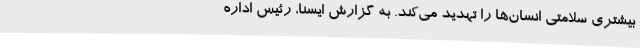
بیشتری سلامتی انسان‌ها را تهدید می‌کند. به گزارش ایسنا، رئیس اداره